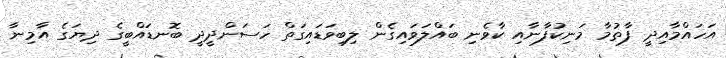
އަހައްމާއިދީ ފާތުމާ މަނިކުފާނާއި ކާވެނި ބައްލަވައިގެން ލިބިވަޑައިގަތް ހަސަންދީދީ ބޮނޑައްބީގެ ދިޔަގެ އާމިނާ